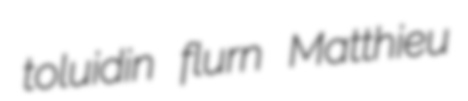
toluidin flurn Matthieu